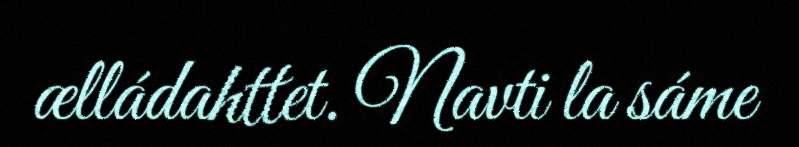
ælládahttet. Navti la sáme